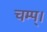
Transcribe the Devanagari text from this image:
चम्प्।